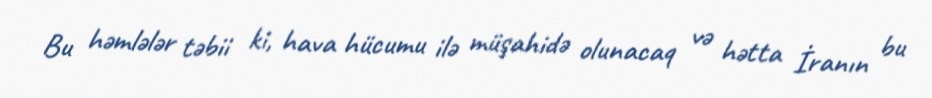
Bu həmlələr təbii ki, hava hücumu ilə müşahidə olunacaq və hətta İranın bu